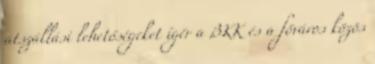
átszállási lehetőségeket ígér a BKK és a főváros közös